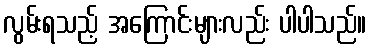
လွမ်းရသည့် အကြောင်းများလည်း ပါပါသည်။